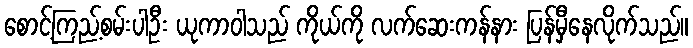
စောင့်ကြည့်စမ်းပါဦး ယုကာဝါသည် ကိုယ်ကို လက်ဆေးကန်နား ပြန်မှီနေလိုက်သည်။